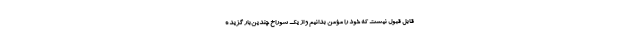
قابل قبول نیست که خود را مؤمن بدانیم و از یک سوراخ چندین‌بار گزیده